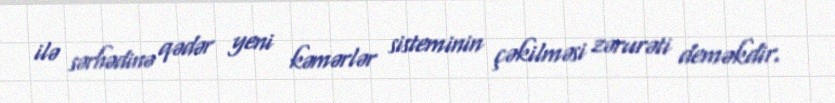
ilə sərhədinə qədər yeni kəmərlər sisteminin çəkilməsi zərurəti deməkdir.